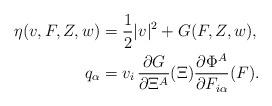
LaTeX: \begin{align*}\begin{aligned}\eta(v,F,Z,w)&=\frac{1}{2}|v|^2+G(F,Z,w),\\q_\alpha&=v_i\,\frac{\partial G}{\partial\Xi^A}(\Xi)\frac{\partial\Phi^A}{\partial F_{i\alpha}}(F).\end{aligned}\end{align*}